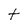
Character: t